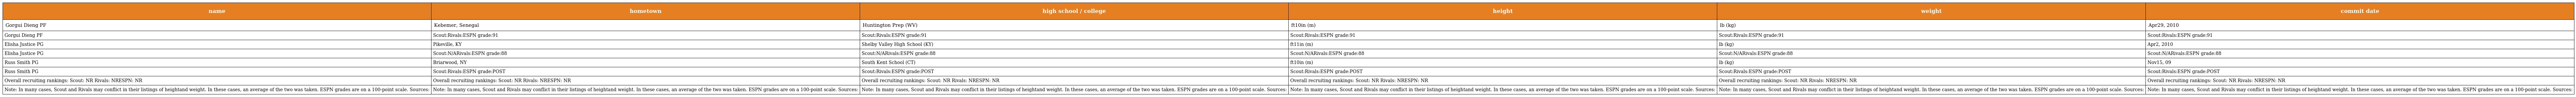
| name | hometown | high school / college | height | weight | commit date |
 | --- | --- | --- | --- | --- | --- |
 | Gorgui Dieng PF | Kebemer, Senegal | Huntington Prep (WV) | ft10in (m) | lb (kg) | Apr29, 2010 |
 | Gorgui Dieng PF | Scout:Rivals:ESPN grade:91 | Scout:Rivals:ESPN grade:91 | Scout:Rivals:ESPN grade:91 | Scout:Rivals:ESPN grade:91 | Scout:Rivals:ESPN grade:91 |
 | Elisha Justice PG | Pikeville, KY | Shelby Valley High School (KY) | ft11in (m) | lb (kg) | Apr2, 2010 |
 | Elisha Justice PG | Scout:N/ARivals:ESPN grade:88 | Scout:N/ARivals:ESPN grade:88 | Scout:N/ARivals:ESPN grade:88 | Scout:N/ARivals:ESPN grade:88 | Scout:N/ARivals:ESPN grade:88 |
 | Russ Smith PG | Briarwood, NY | South Kent School (CT) | ft10in (m) | lb (kg) | Nov15, 09 |
 | Russ Smith PG | Scout:Rivals:ESPN grade:POST | Scout:Rivals:ESPN grade:POST | Scout:Rivals:ESPN grade:POST | Scout:Rivals:ESPN grade:POST | Scout:Rivals:ESPN grade:POST |
 | Overall recruiting rankings: Scout: NR Rivals: NRESPN: NR | Overall recruiting rankings: Scout: NR Rivals: NRESPN: NR | Overall recruiting rankings: Scout: NR Rivals: NRESPN: NR | Overall recruiting rankings: Scout: NR Rivals: NRESPN: NR | Overall recruiting rankings: Scout: NR Rivals: NRESPN: NR | Overall recruiting rankings: Scout: NR Rivals: NRESPN: NR |
 | Note: In many cases, Scout and Rivals may conflict in their listings of heightand weight. In these cases, an average of the two was taken. ESPN grades are on a 100-point scale. Sources: | Note: In many cases, Scout and Rivals may conflict in their listings of heightand weight. In these cases, an average of the two was taken. ESPN grades are on a 100-point scale. Sources: | Note: In many cases, Scout and Rivals may conflict in their listings of heightand weight. In these cases, an average of the two was taken. ESPN grades are on a 100-point scale. Sources: | Note: In many cases, Scout and Rivals may conflict in their listings of heightand weight. In these cases, an average of the two was taken. ESPN grades are on a 100-point scale. Sources: | Note: In many cases, Scout and Rivals may conflict in their listings of heightand weight. In these cases, an average of the two was taken. ESPN grades are on a 100-point scale. Sources: | Note: In many cases, Scout and Rivals may conflict in their listings of heightand weight. In these cases, an average of the two was taken. ESPN grades are on a 100-point scale. Sources: |